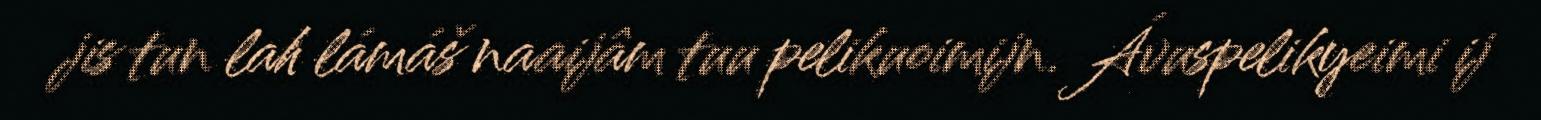
jis tun lah lámáš naaijâm tuu pelikuoimijn. Ávuspelikyeimi ij